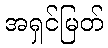
အရှင်မြတ်